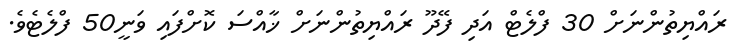
ރައްޔިތުންނަށް 30 ފްލެޓް އަދި ފޭދޫ ރައްޔިތުންނަށް ޚާއްސަ ކޮށްފައި ވަނީ50 ފްލެޓެވެ.